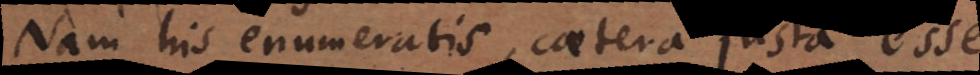
Nam his enumeratis, caetera justa esse